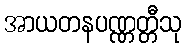
အာယတနပဏ္ဏတ္တီသု